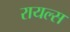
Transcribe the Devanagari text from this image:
रायल्स